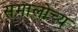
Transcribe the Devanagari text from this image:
समालोच्य